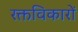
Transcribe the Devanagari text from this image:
रक्तविकारों